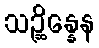
သဉ္ဆိန္နေန